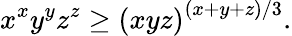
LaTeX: x^{x}y^{y}z^{z}\geq\left(xyz\right)^{(x+y+z)/3}.